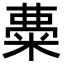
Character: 𥺠